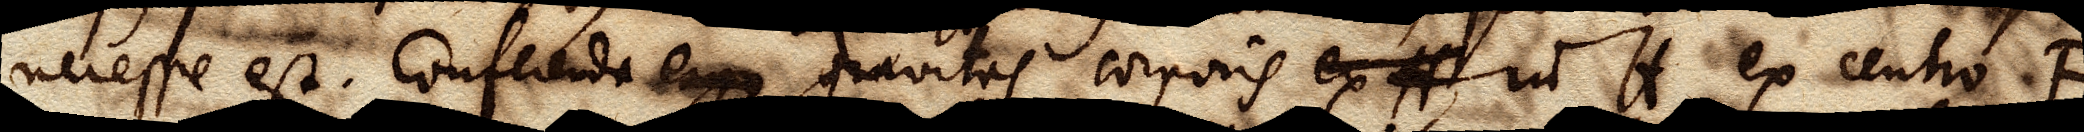
necesse est. Conferenda ergo gravitas corporis ex H in H ex centro F,